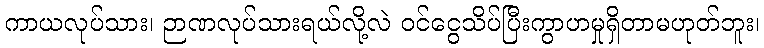
ကာယလုပ်သား၊ ဉာဏလုပ်သားရယ်လို့လဲ ဝင်ငွေသိပ်ပြီးကွာဟမှုရှိတာမဟုတ်ဘူး၊